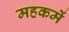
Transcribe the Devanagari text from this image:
महकमें